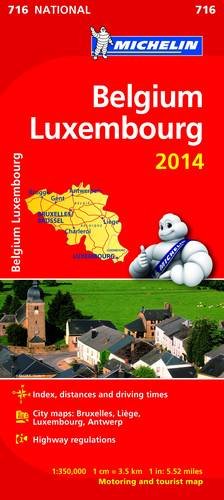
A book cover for Belgium and Luxembourg 2014 National Map 716 (Michelin National Maps); Travel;